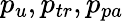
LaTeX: p_{u},p_{tr},p_{pa}